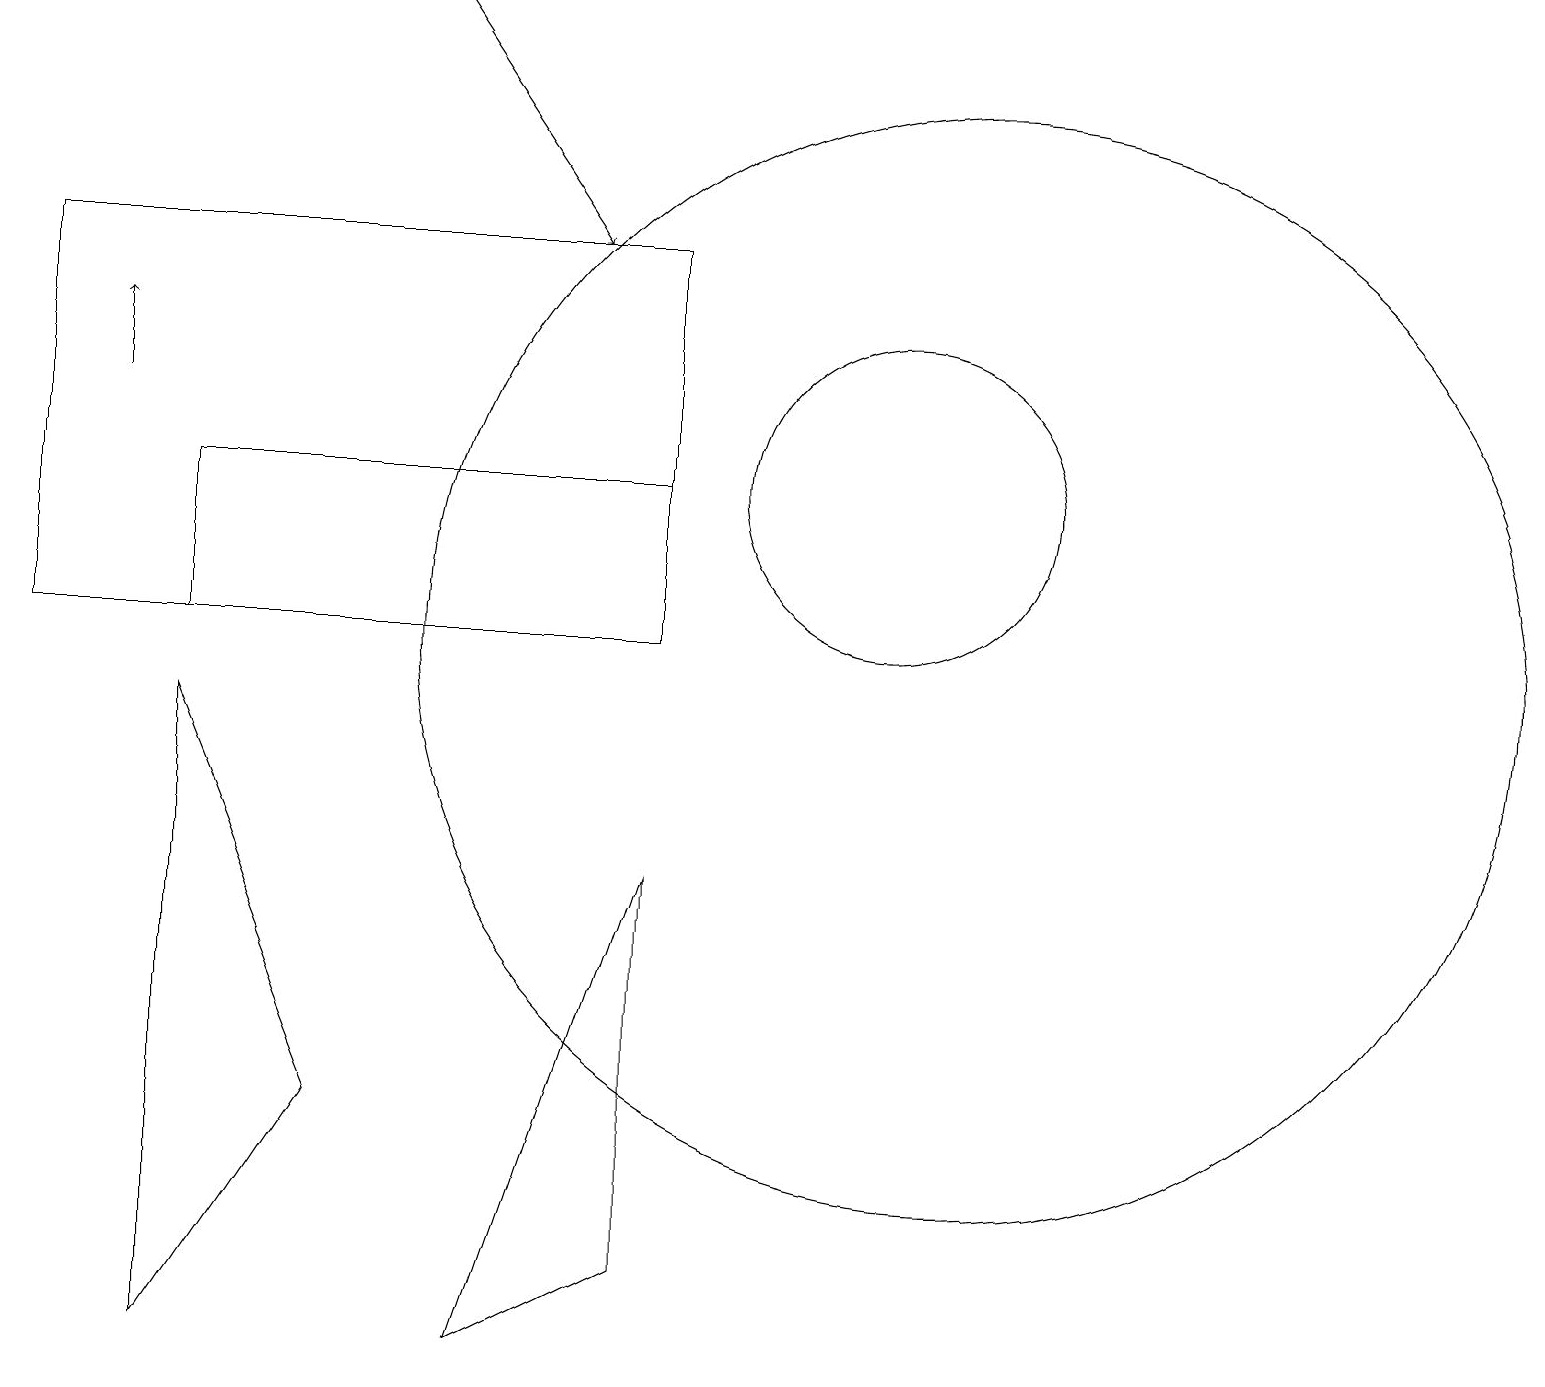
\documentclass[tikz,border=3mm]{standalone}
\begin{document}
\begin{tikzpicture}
\draw (11,12) circle (2);
\draw (8,10) rectangle (2,12);
\draw (4,4) -- (2,1) -- (2,9) -- cycle;
\draw (8,10) rectangle (0,15);
\draw[->] (5,18) -- (7,15);
\draw (8,2) -- (8,7) -- (6,1) -- cycle;
\draw[->] (1,13) -- (1,14);
\draw (12,10) circle (7);
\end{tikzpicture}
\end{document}